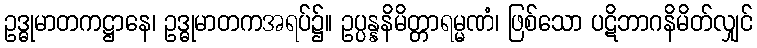
ဥဒ္ဓုမာတကဋ္ဌာနေ၊ ဥဒ္ဓုမာတကအရပ်၌။ ဥပ္ပန္နနိမိတ္တာရမ္မဏံ၊ ဖြစ်သော ပဋိဘာဂနိမိတ်လျှင်